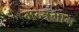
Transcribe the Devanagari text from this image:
मन्त्रभाग